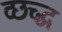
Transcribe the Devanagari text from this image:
व्छच्द्ध